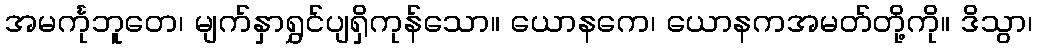
အမင်္ကုဘူတေ၊ မျက်နှာရွှင်ပျရှိကုန်သော။ ယောနကေ၊ ယောနကအမတ်တို့ကို။ ဒိသွာ၊